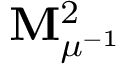
\mathbf { M } _ { \mu ^ { - 1 } } ^ { 2 }